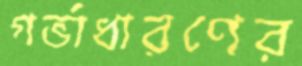
গর্ভাধারণের